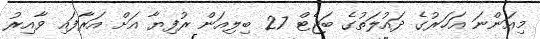
މިއަންނަ އަހަރުގެ ދައުލަތުގެ ބަޖެޓް 27 ބިލިއަން ރުފިޔާ އަށް އަރާފައި ވާއިރު